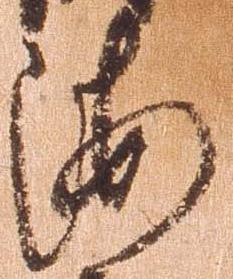
海